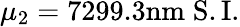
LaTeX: \mu_{2}=7299.3\mathrm{nm}\; \mathrm{S.I.}